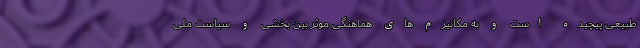
طبیعی پیچیده است و به مکانیزم های هماهنگی موثر بین بخشی و سیاست ملی